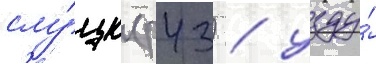
слу́цк (р43) / узду́